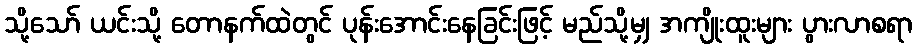
သို့သော် ယင်းသို့ တောနက်ထဲတွင် ပုန်းအောင်းနေခြင်းဖြင့် မည်သို့မျှ အကျိုးထူးများ ပွားလာစရာ